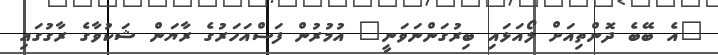
"އެ ބޭބެ ދޮންތިއަށް ލޯއަޅައި ބިރުގަންނަވަނީ" އުމުރުން ފަސްއަހަރުގެ ރާޔަން ޝަކުވާގެ ރާގުގައި